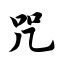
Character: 咒